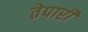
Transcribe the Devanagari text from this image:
तेपारी